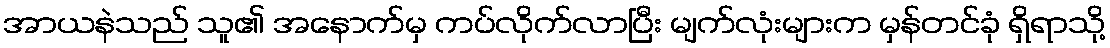
အာယနဲသည် သူ၏ အနောက်မှ ကပ်လိုက်လာပြီး မျက်လုံးများက မှန်တင်ခုံ ရှိရာသို့